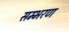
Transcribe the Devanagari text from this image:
सम्भरण